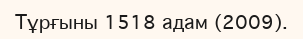
Тұрғыны 1518 адам (2009).